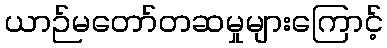
ယာဉ်မတော်တဆမှုများကြောင့်